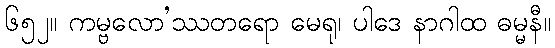
၆၅၂။ ကမ္ဗလော’ဿတရော မေရု၊ ပါဒေ နာဂါထ ဓမ္မနီ။